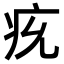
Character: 𤴴